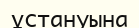
ұстануына